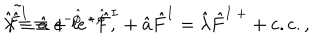
\hat { \lambda } \equiv \hat { a } + i e ^ { - \hat { \phi } } \, , \hspace { 1 c m } \tilde { \hat { F } ^ { I } } \equiv e ^ { - \hat { \phi } } \ { } ^ { \star } \hat { F } ^ { I } + \hat { a } \hat { F } ^ { I } = \hat { \lambda } \hat { F } ^ { I \ + } + \mathrm { c . c . } \, ,